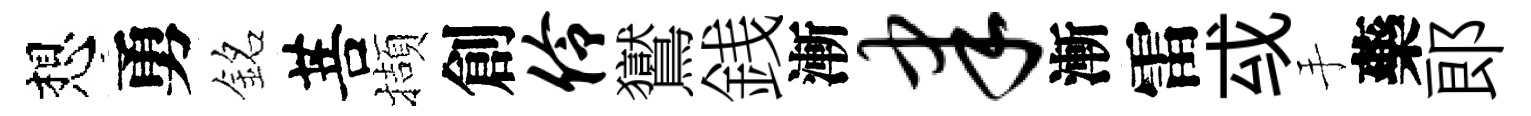
想勇銘菩擷創伶鸑銭漸聿漸雷㦯手藥郎